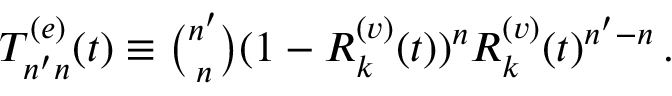
\begin{array} { r } { T _ { n ^ { \prime } n } ^ { ( e ) } ( t ) \equiv \binom { n ^ { \prime } } { n } ( 1 - R _ { k } ^ { ( v ) } ( t ) ) ^ { n } R _ { k } ^ { ( v ) } ( t ) ^ { n ^ { \prime } - n } \, . } \end{array}